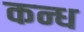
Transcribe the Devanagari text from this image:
कन्ध